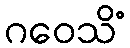
ဂဝေသိံ